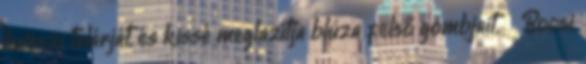
leveszi talárját, és kissé meglazítja blúza felső gombjait. Bocsi,